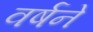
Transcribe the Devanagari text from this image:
वर्षने